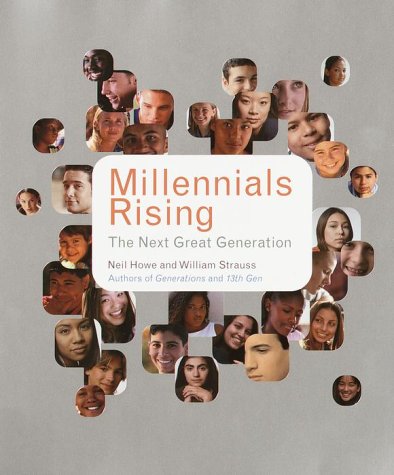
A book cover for Millennials Rising: The Next Great Generation; Neil Howe; Politics & Social Sciences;